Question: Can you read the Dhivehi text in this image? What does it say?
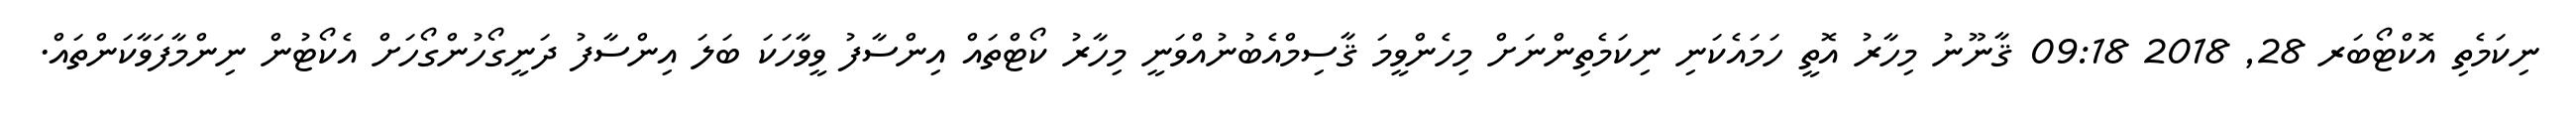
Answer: ނިކަމެތި އޮކްޓޯބަރ 28, 2018 09:18 ޤާނޫނު މިހާރު އޮތީ ހަމައެކަނި ނިކަމެތިންނަށް މިހެންވީމަ ޤާސިމްއެބުނުއްވަނީ މިހާރު ކޯޓްތައް އިންސާފު ވީވާހަކަ ބަލަ އިންސާފު ދަނީގޯހުންގޯހަށް އެކޯޓުން ނިންމާފަވާކަންތައް.